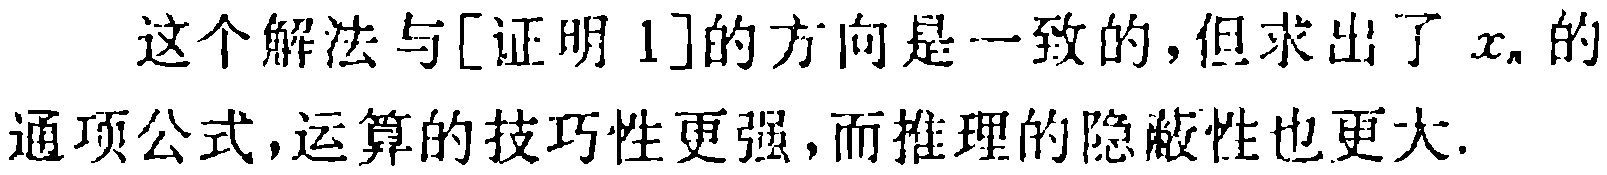
这个解法与[证明 1]的方向是一致的,但求出了 \(x_{n}\) 的通项公式,运算的技巧性更强,而推理的隐蔽性也更大.